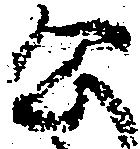
公